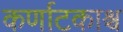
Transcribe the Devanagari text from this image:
कर्णाटकाश्च